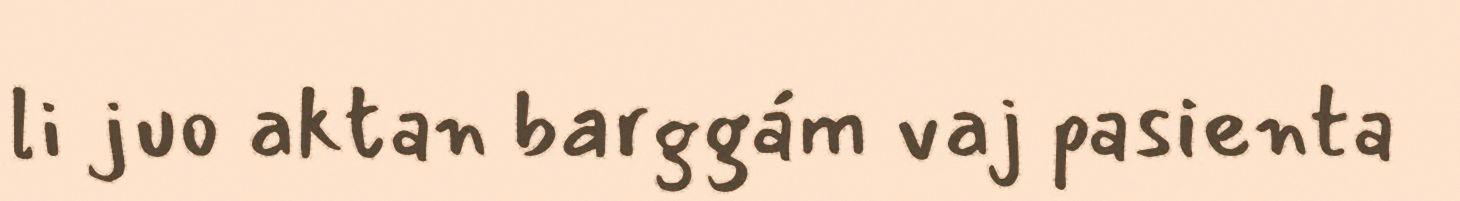
li juo aktan barggám vaj pasienta